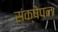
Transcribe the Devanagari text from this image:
संक्षेपन